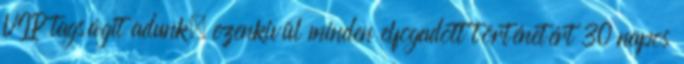
VIP tagságit adunk, ezenkivül minden elfogadott történetért 30 napos